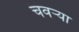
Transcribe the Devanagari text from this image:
चवऱ्या